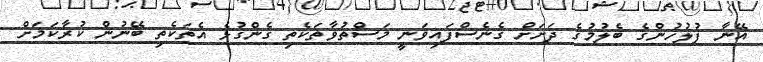
އޭނާ ފުލުހުންގެ ބެލުމުގެ ދަށަށް ގެނެސްފައިވަނީ މަސްތުވާތަކެތި ގެންގުޅެ އެތަކެތި ބޭނުން ކުރާކަމަށް